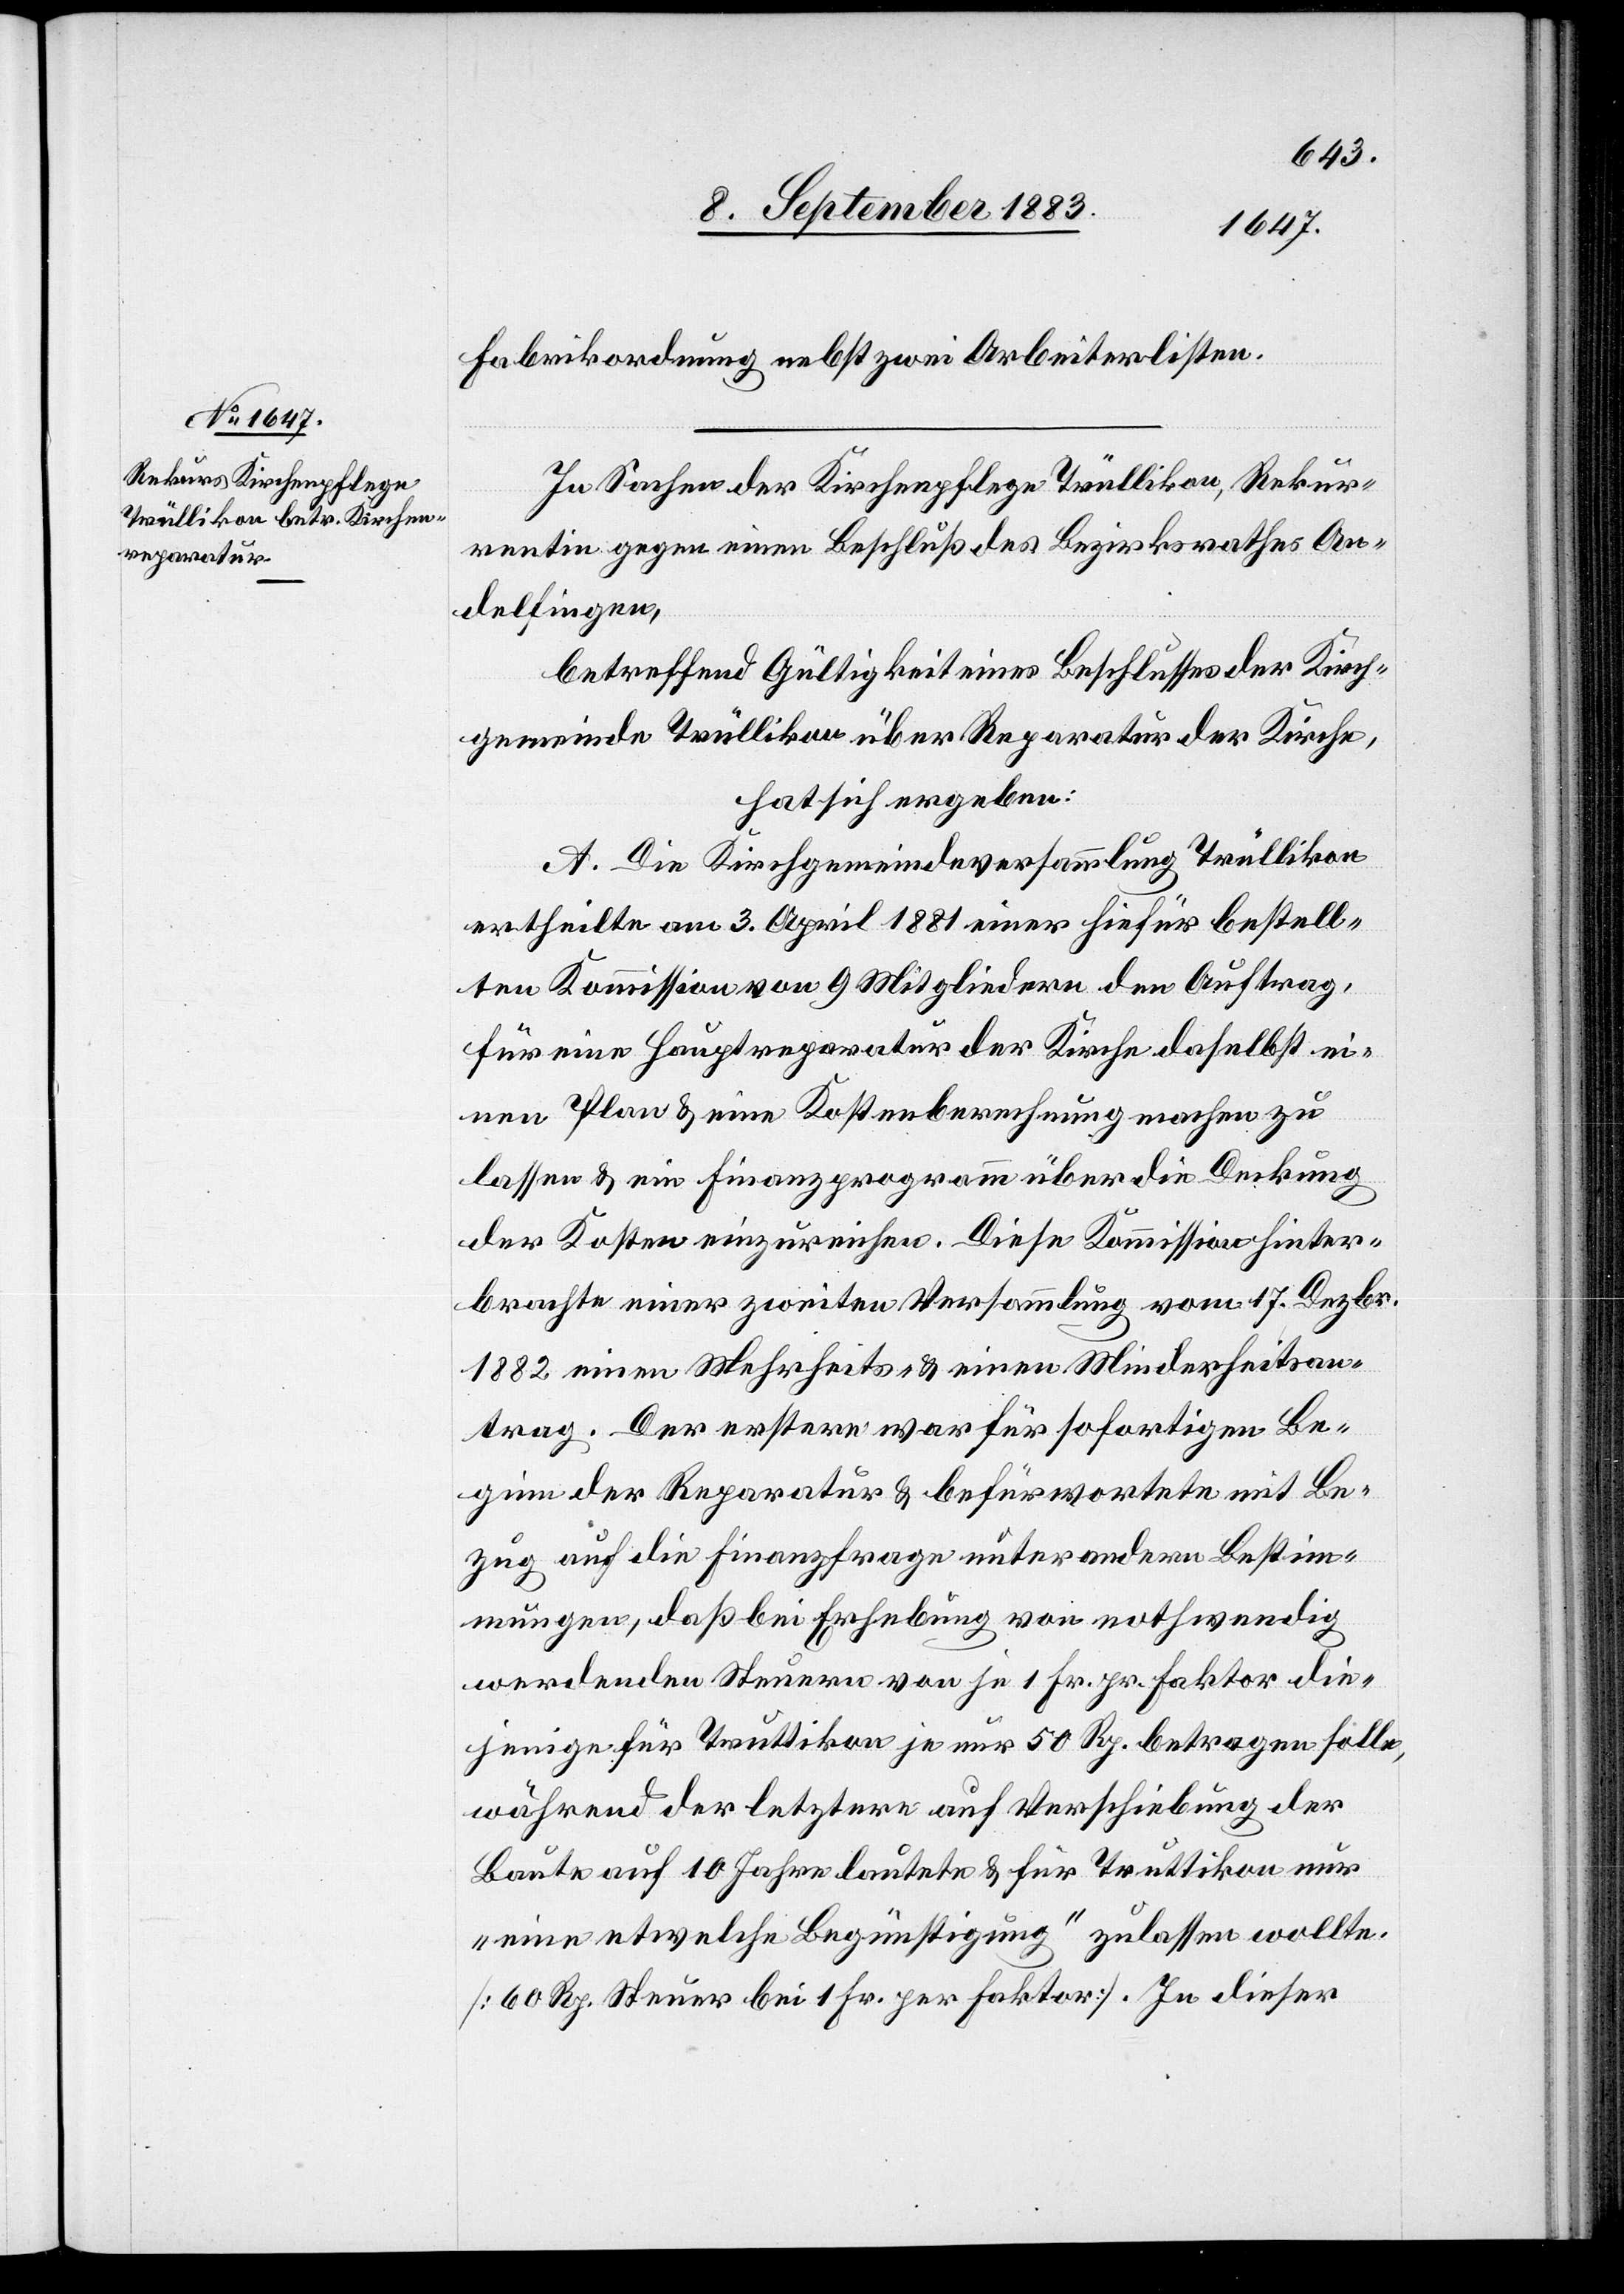
Fabrikordnung nebst zwei Arbeiterlisten.
In Sachen der Kirchenpflege Trüllikon, Rekur¬
rentin gegen einen Beschluß des Bezirksrathes An¬
delfingen,
betreffend Gültigkeit eines Beschlusses der Kirch¬
gemeinde Trüllikon über Reparatur der Kirche,
hat sich ergeben:
A. Die Kirchgemeindeversammlung Trüllikon
ertheilte am 3. April 1881 einer hiefür bestell¬
ten Kommission von 9 Mitgliedern den Auftrag,
für eine Hauptreparatur der Kirche daselbst ei¬
nen Plan & eine Kostenberechnung machen zu
lassen & ein Finanzprogramm über die Deckung
der Kosten einzureichen. Diese Kommission hinter¬
brachte einer zweiten Versammlung vom 17. Dezbr.
1882 einen Mehrheits- & einen Minderheitsan¬
trag. Der erstere war für sofortigen Be¬
ginn der Reparatur & befürwortete mit Be¬
zug auf die Finanzfrage unter andern Bestim¬
mungen, daß bei Erhebung von nothwendig
werdenden Steuern von je 1 Fr. pr. Faktor die¬
jenige für Truttikon ja nur 50 Rp. betragen solle,
während der letztere auf Verschiebung der
Baute auf 10 Jahre lautete & für Truttikon nur
„eine etwelche Begünstigung“ zulassen wollte.
[60 Rp. Steuer bei 1 Fr. per Faktor]. In dieser